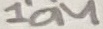
Text: 10M